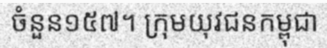
ចំនួន១៥៧។ ក្រុមយុវជនកម្ពុជា